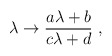
\begin{align*}\lambda \rightarrow {a \lambda + b\over c\lambda + d} ~,\end{align*}